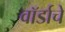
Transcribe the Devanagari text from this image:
वॉर्डाचे